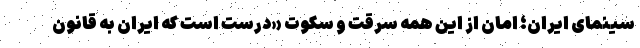
سینمای ایران؛ امان از این همه سرقت و سکوت «درست است که ایران به قانون